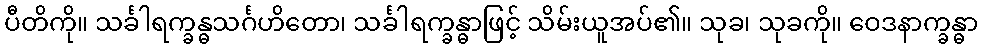
ပီတိကို။ သင်္ခါရက္ခန္ဓသင်္ဂဟိတော၊ သင်္ခါရက္ခန္ဓာဖြင့် သိမ်းယူအပ်၏။ သုခ၊ သုခကို။ ဝေဒနာက္ခန္ဓာ